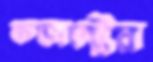
কন্ডাক্টের